Indian journal of veterinary science and animal husbandry - Volume 12,
Year: 1942
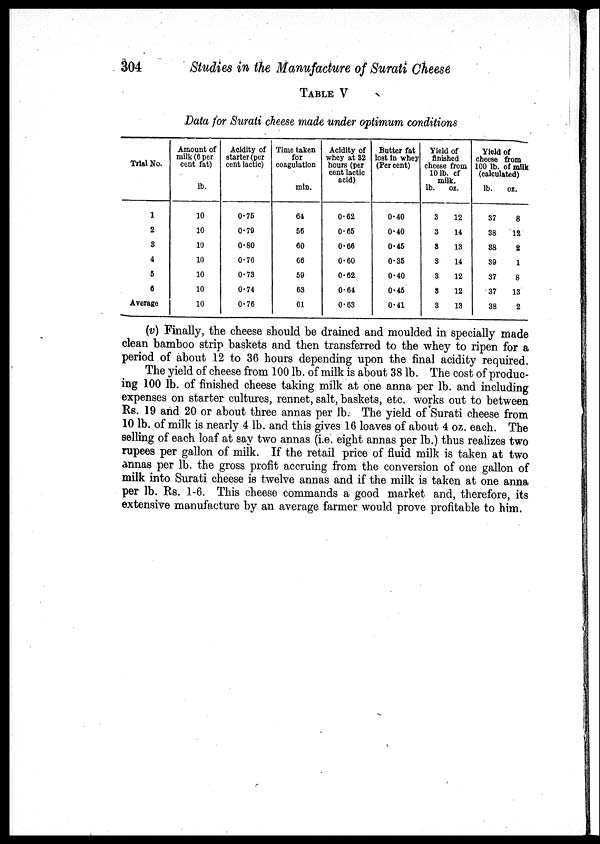
304
Studies in the Manufacture of Surati Cheese
TABLE V
Data for Surati cheese made under optimum conditions
Trial No.
1
2
3
4
5
6
Average
Amount of
milk (6 per
cent fat)
lb.
10
10
10
10
10
10
10
Acidity of
starter (per
cent lactic)
0.75
0.79
0.80
0.76
0.73
0.74
0.76
Time taken
for
coagulation
min.
64
56
60
66
59
63
61
Acidity of
whey at 32
hours (per
cent lactic
acid)
0.62
0.65
0.66
0.60
0.62
0.64
0.63
Butter fat
lost in whey
(Per cent)
0.40
0.40
0.45
0.35
0.40
0.45
0.41
Yield of
finished
cheese from
10 lb. of
milk.
lb.
3
3
3
3
3
3
3
oz.
12
14
13
14
12
12
13
Yield of
cheese from
100 lb.of milk
(calculated)
lb.
37
38
38
39
37
37
38
oz.
8
12
2
1
8
13
2
(v) Finally, the cheese should be drained and moulded in specially made
clean bamboo strip baskets and then transferred to the whey to ripen for a
period of about 12 to 36 hours depending upon the final acidity required.
The yield of cheese from 100 lb. of milk is about 38 lb. The cost of produc-
ing 100 lb. of finished cheese taking milk at one anna per lb. and including
expenses on starter cultures, rennet, salt, baskets, etc. works out to between
Rs. 19 and 20 or about three annas per lb. The yield of Surati cheese from
10 lb. of milk is nearly 4 lb. and this gives 16 loaves of about 4 oz. each. The
selling of each loaf at say two annas (i.e. eight annas per lb.) thus realizes two
rupees per gallon of milk. If the retail price of fluid milk is taken at two
annas per lb. the gross profit accruing from the conversion of one gallon of
milk into Surati cheese is twelve annas and if the milk is taken at one anna
per lb. Rs. 1-6. This cheese commands a good market and, therefore, its
extensive manufacture by an average farmer would prove profitable to him.